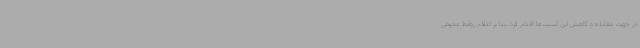
در جهت مقابله و کاهش این آسیب‌ها اقدام کرد. بنا بر اعلام روابط عمومی